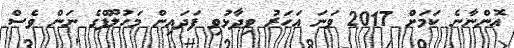
އޮންނާނެ ކަމަށް 2017 ވަނަ އަހަރު ވިދާޅުވި ފަދައިން މަހުލޫފްގެ ނަން ވެސް